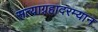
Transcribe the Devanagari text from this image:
सत्याग्रहादरम्यान